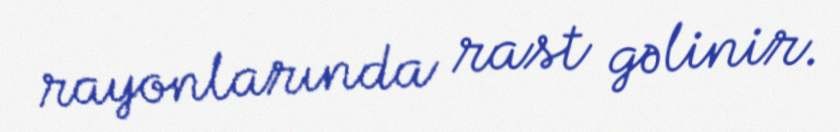
rayonlarında rast gəlinir.